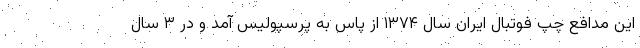
این مدافع چپ فوتبال ایران سال ۱۳۷۴ از پاس به پرسپولیس آمد و در ۳ سال